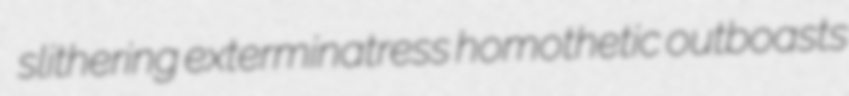
slithering exterminatress homothetic outboasts